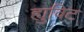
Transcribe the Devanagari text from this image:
ह्युविट